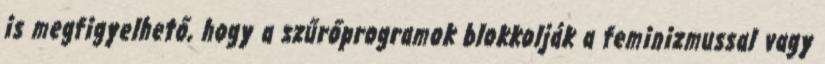
is megfigyelhető, hogy a szűrőprogramok blokkolják a feminizmussal vagy